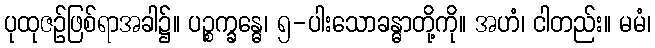
ပုထုဇဉ်ဖြစ်ရာအခါ၌။ ပဉ္စက္ခန္ဓေ၊ ၅-ပါးသောခန္ဓာတို့ကို။ အဟံ၊ ငါတည်း။ မမံ၊